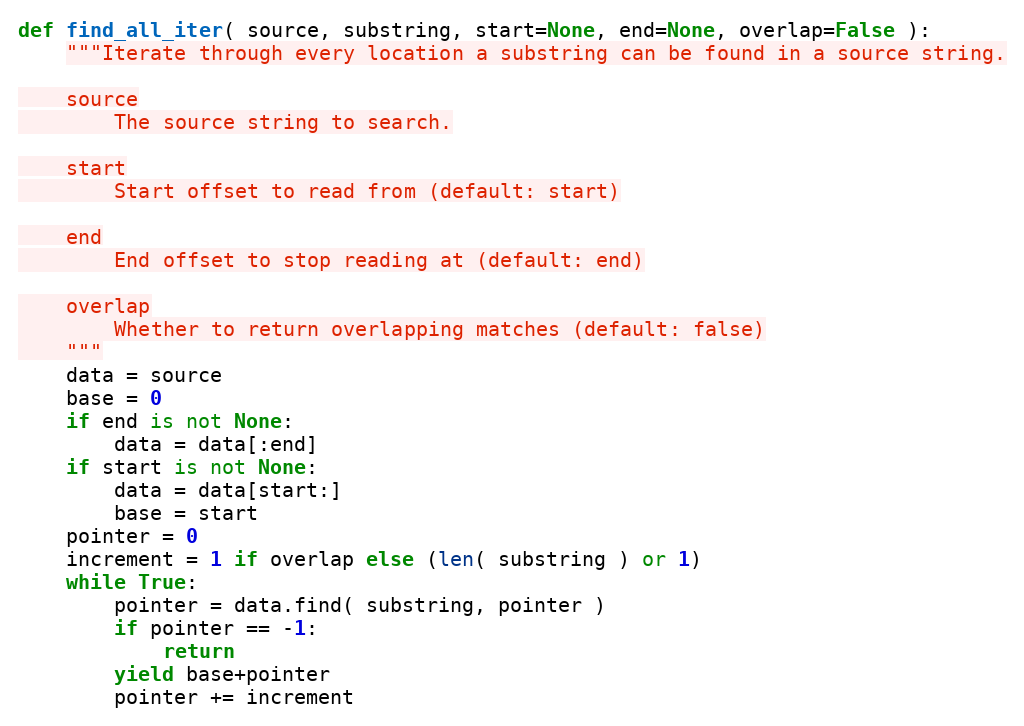
Language: Python
def find_all_iter( source, substring, start=None, end=None, overlap=False ):
    """Iterate through every location a substring can be found in a source string.

    source
        The source string to search.

    start
        Start offset to read from (default: start)

    end
        End offset to stop reading at (default: end)

    overlap
        Whether to return overlapping matches (default: false)
    """
    data = source
    base = 0
    if end is not None:
        data = data[:end]
    if start is not None:
        data = data[start:]
        base = start
    pointer = 0
    increment = 1 if overlap else (len( substring ) or 1)
    while True:
        pointer = data.find( substring, pointer )
        if pointer == -1:
            return
        yield base+pointer
        pointer += increment